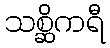
သစ္ဆိကရီ